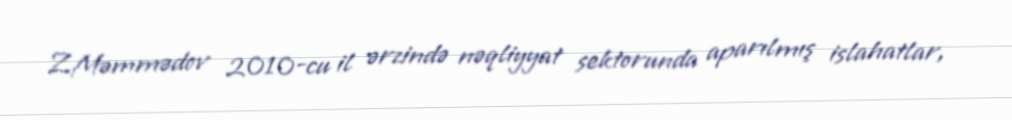
Z.Məmmədov 2010-cu il ərzində nəqliyyat sektorunda aparılmış islahatlar,